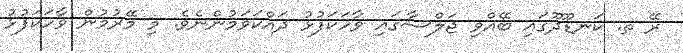
ރޭ ތ. ކަނޑޫދޫގައި ބޭއްވި ޖަލްސާގައި ވާހަކަފުޅު ދައްކަވަމުންނެވެ. މި މޭރުމުން ވާހަކަފުޅު